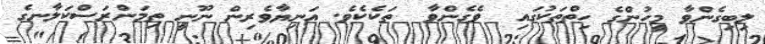
ލިބިގެންވާ މީހުންގެ ހިތްތަކުގައި  ވެގެންވާ  ތަކެކެވެ. އަނިޔާވެރިން ނޫނީ ތިމަންރަސްކަލާނގެ